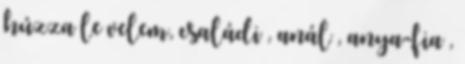
húzza le velem, családi , anál , anya-fia ,